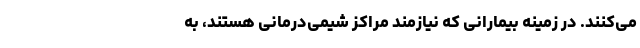
می‌کنند. در زمینه بیمارانی که نیازمند مراکز شیمی‌درمانی هستند، به